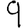
Digit: 9